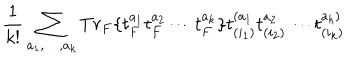
{ \frac { 1 } { k ! } } \sum _ { a _ { 1 } , \dots , a _ { k } } T r _ { F } \{ t _ { F } ^ { a _ { 1 } } t _ { F } ^ { a _ { 2 } } \cdots t _ { F } ^ { a _ { k } } \} t _ { ( i _ { 1 } ) } ^ { ( a _ { 1 } } t _ { ( i _ { 2 } ) } ^ { a _ { 2 } } \cdots t _ { ( i _ { k } ) } ^ { a _ { k } ) }